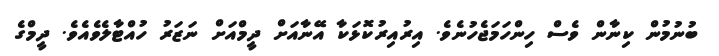
ބުނުމުން ކިނާން ވެސް ހިންހަމަޖެހުނެވެ. އިރުއިރުކޮޅަކާ އޭނާއަށް ދީމްއަށް ނަޒަރު ހުއްޓާލެވެއެވެ. ދީމްގެ